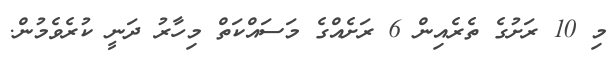
މި 10 ރަށުގެ ތެރެއިން 6 ރަށެއްގެ މަސައްކަތް މިހާރު ދަނީ ކުރެވެމުން.